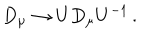
D _ { \mu } \rightarrow U D _ { \mu } U ^ { - 1 } \, { . }